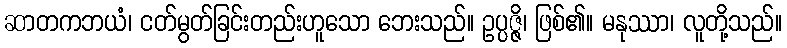
ဆာတကဘယံ၊ ငတ်မွတ်ခြင်းတည်းဟူသော ဘေးသည်။ ဥပ္ပဇ္ဇိ၊ ဖြစ်၏။ မနုဿာ၊ လူတို့သည်။